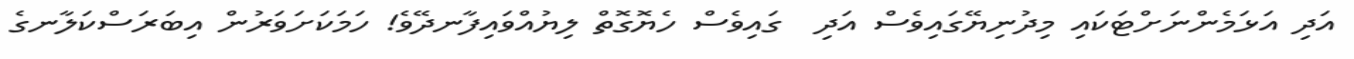
އަދި އަޅަމެންނަށްޓަކައި މިދުނިޔޭގައިވެސް އަދި  ގައިވެސް ހެޔޮގޮތް ލިޔުއްވައިފާނދޭވެ! ހަމަކަށަވަރުން އިބަރަސްކަލާނގެ